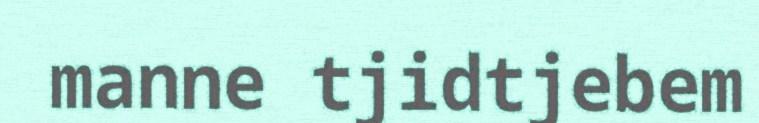
manne tjidtjebem